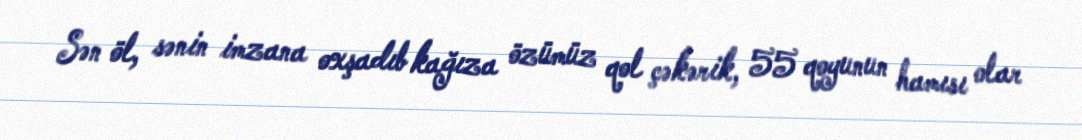
Sən öl, sənin imzana oxşadıb kağıza özümüz qol çəkərik, 55 qoyunun hamısı olar